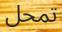
تمحل